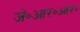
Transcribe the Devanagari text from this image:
जे॰आर॰आर॰